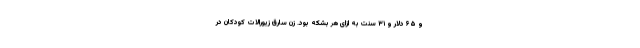
و ۶۵ دلار و ۳۱ سنت به ازای هر بشکه بود. زن سارق زیورالات کودکان در